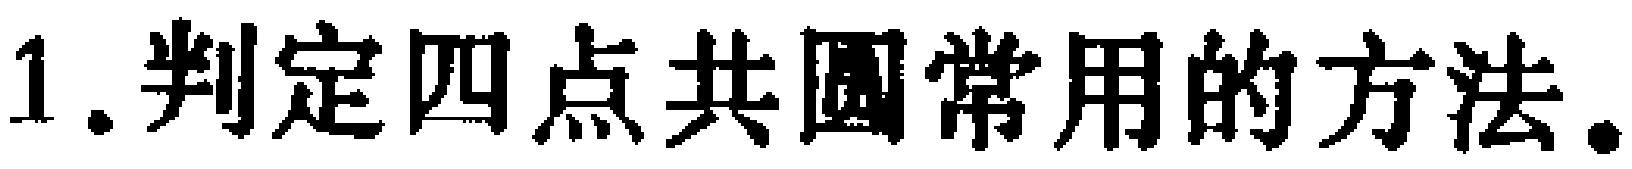
1.判定四点共圆常用的方法.